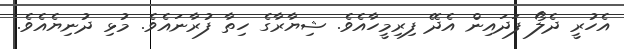
އެހުރީ ދެލޯ ފަދައިން އެދޭ ފިރިމީހާއެވެ. ޝިޔާރާގެ ހިތާ ފުރާނައެވެ. މުޅި ދުނިޔެއެވެ.